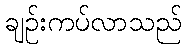
ချဉ်းကပ်လာသည်